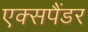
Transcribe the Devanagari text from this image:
एक्सपैंडर